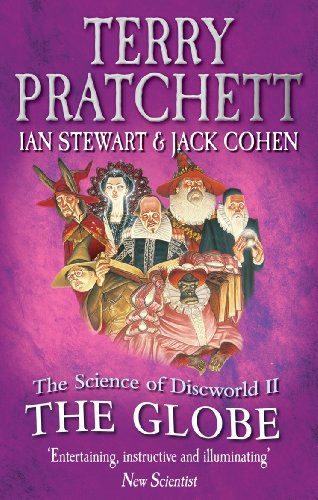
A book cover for The Science of Discworld II: The Globe; Terry Pratchett; Reference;